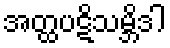
အတ္ထပဋိသမ္ဘိဒါ